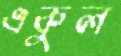
একুল